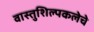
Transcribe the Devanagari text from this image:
वास्तुशिल्पकलेचे